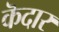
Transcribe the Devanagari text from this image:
कॆदार